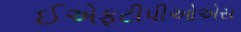
ઈએફટીપીઓએસ